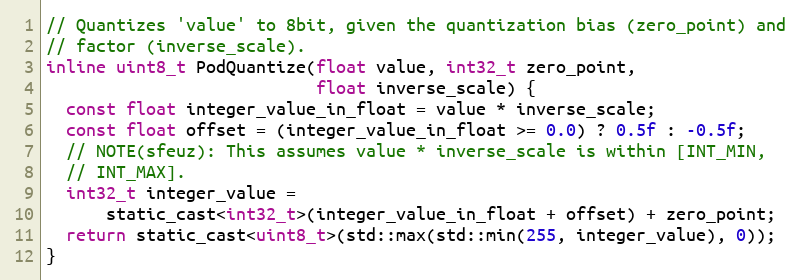
Language: C
// Quantizes 'value' to 8bit, given the quantization bias (zero_point) and
// factor (inverse_scale).
inline uint8_t PodQuantize(float value, int32_t zero_point,
                           float inverse_scale) {
  const float integer_value_in_float = value * inverse_scale;
  const float offset = (integer_value_in_float >= 0.0) ? 0.5f : -0.5f;
  // NOTE(sfeuz): This assumes value * inverse_scale is within [INT_MIN,
  // INT_MAX].
  int32_t integer_value =
      static_cast<int32_t>(integer_value_in_float + offset) + zero_point;
  return static_cast<uint8_t>(std::max(std::min(255, integer_value), 0));
}